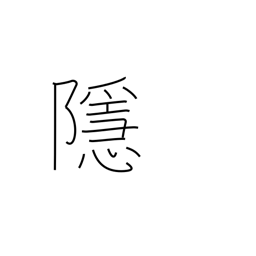
Meaning: hide